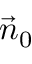
{ \vec { n } } _ { 0 }